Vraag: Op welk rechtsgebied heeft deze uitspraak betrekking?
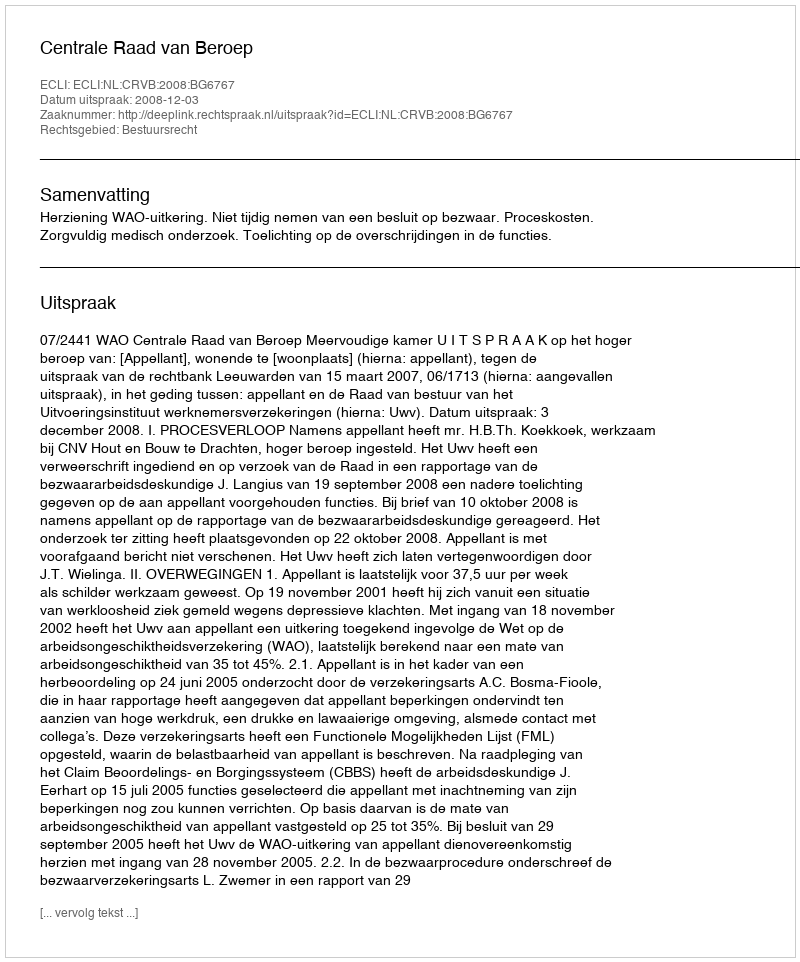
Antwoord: Bestuursrecht